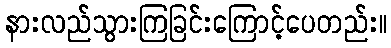
နားလည်သွားကြခြင်းကြောင့်ပေတည်း။